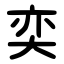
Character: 奕